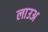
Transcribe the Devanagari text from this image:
लाउअ